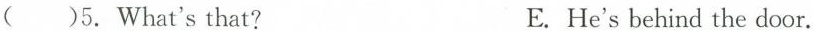
( )5.What'sthat? E.He's behind the door.